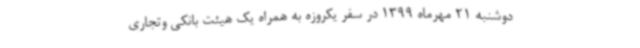
دوشنبه 21 مهرماه 1399 در سفر یکروزه به همراه یک هیئت بانکی وتجاری